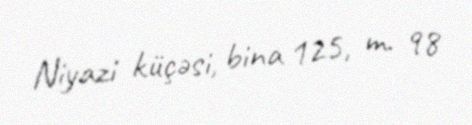
Niyazi küçəsi, bina 125, m. 98